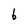
Character: b